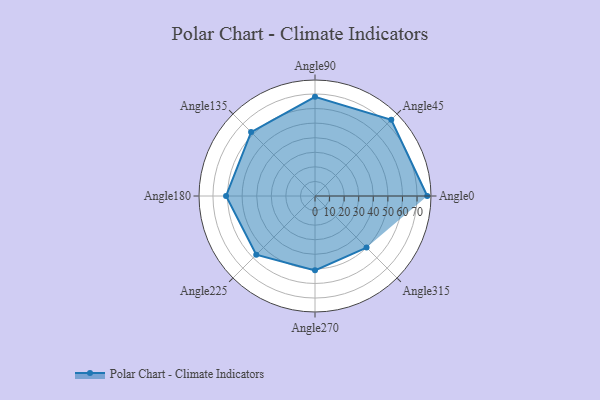
{"axis": {"x": "Angle", "y": "Radius"}, "legend": [""], "data": [{"x": "Angle0", "y": 77.0, "type": ""}, {"x": "Angle45", "y": 74.0, "type": ""}, {"x": "Angle90", "y": 68.0, "type": ""}, {"x": "Angle135", "y": 62.0, "type": ""}, {"x": "Angle180", "y": 61.0, "type": ""}, {"x": "Angle225", "y": 57.0, "type": ""}, {"x": "Angle270", "y": 51.0, "type": ""}, {"x": "Angle315", "y": 50, "type": ""}]}